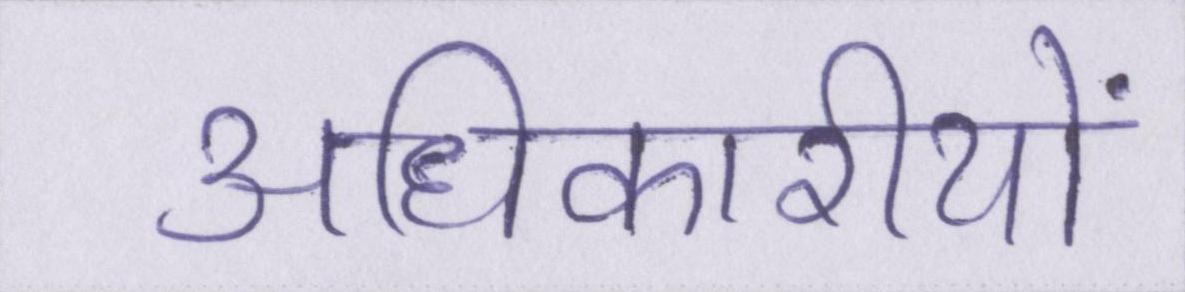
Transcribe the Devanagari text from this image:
अधिकारीयों